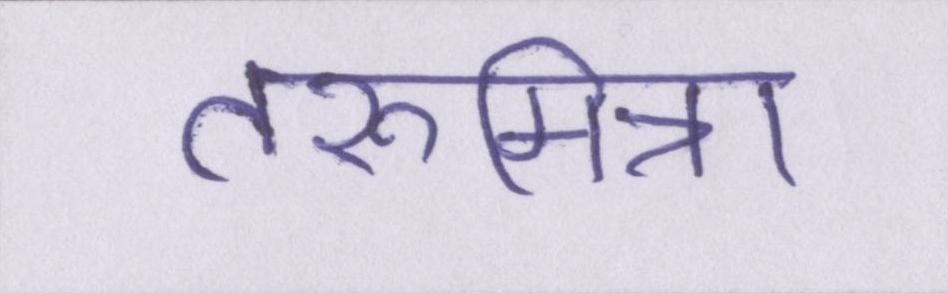
तरूमित्रा